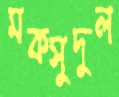
মকসুদুল